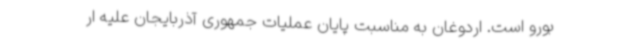
بورو است. اردوغان به مناسبت پایان عملیات جمهوری آذربایجان علیه ار